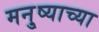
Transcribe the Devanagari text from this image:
मनु्ष्याच्या